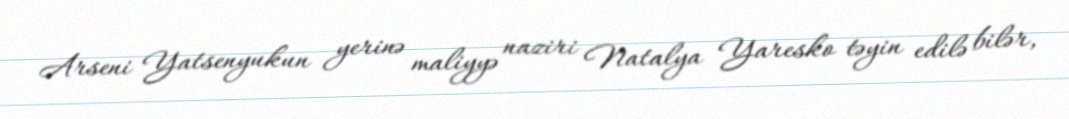
Arseni Yatsenyukun yerinə maliyyə naziri Natalya Yaresko təyin edilə bilər,